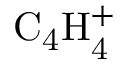
\mathrm { C _ { 4 } H _ { 4 } ^ { + } }